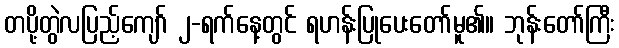
တပို့တွဲလပြည့်ကျော် ၂-ရက်နေ့တွင် ရဟန်းပြုပေးတော်မူ၏။ ဘုန်းတော်ကြီး